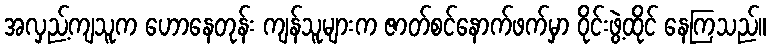
အလှည့်ကျသူက ဟောနေတုန်း ကျန်သူများက ဇာတ်စင်နောက်ဖက်မှာ ဝိုင်းဖွဲ့ထိုင် နေကြသည်။